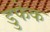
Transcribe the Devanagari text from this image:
डुफेक